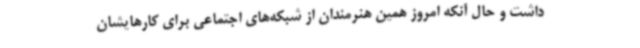
داشت و حال آنکه امروز همین هنرمندان از شبکه‌های اجتماعی برای کارهایشان